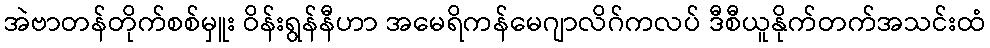
အဲဗာတန်တိုက်စစ်မှူး ဝိန်းရွန်နီဟာ အမေရိကန်မေဂျာလိဂ်ကလပ် ဒီစီယူနိုက်တက်အသင်းထံ